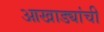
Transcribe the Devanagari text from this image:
आखाड्यांची